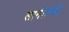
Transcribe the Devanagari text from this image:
सानेतोमो